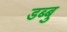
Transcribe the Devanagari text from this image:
डब्बु